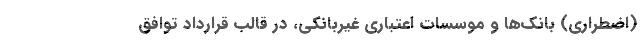
(اضطراری) بانک‌ها و موسسات اعتباری غیربانکی، در قالب قرارداد توافق